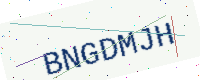
Text: BNGDMJH